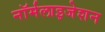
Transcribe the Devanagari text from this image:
नॉर्मलाइजेशन